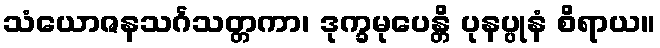
သံယောဇနသင်္ဂသတ္တကာ၊ ဒုက္ခမုပေန္တိ ပုနပ္ပုနံ စိရာယ။